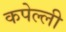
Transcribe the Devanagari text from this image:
कपेल्ली